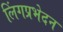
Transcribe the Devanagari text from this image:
लिंगप्रभेदन